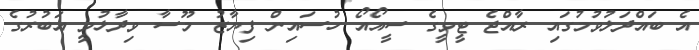
އެ ބައްދަލުވުމުގައި ރާއްޖެ ޓީވީގެ ސީއޯއޯ ހުސައިން ފިޔާޒު މޫސާ ވިދާޅުވީ އަބުރުގެ